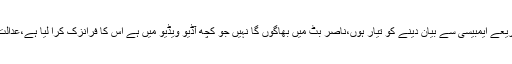
میں ویڈیو لنک کے ذریعے ایمبیسی سے بیان دینے کو تیار ہوں،ناصر بٹ میں بھاگوں گا نہیں جو کچھ آڈیو ویڈیو میں ہے اس کا فرانزک کرا لیا ہے،عدالت بھیجنے کو تیار ہوں